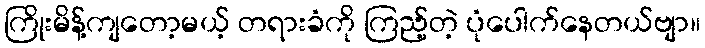
ကြိုးမိန့်ကျတော့မယ့် တရားခံကို ကြည့်တဲ့ ပုံပေါက်နေတယ်ဗျာ။